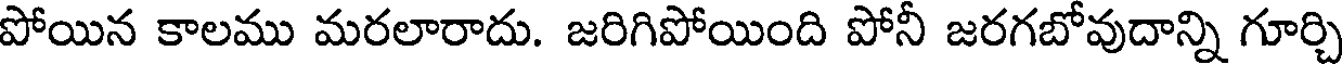
పోయిన కాలము మరలారాదు. జరిగిపోయింది పోనీ జరగబోవుదాన్ని గూర్చి